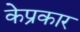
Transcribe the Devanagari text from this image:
केप्रकार